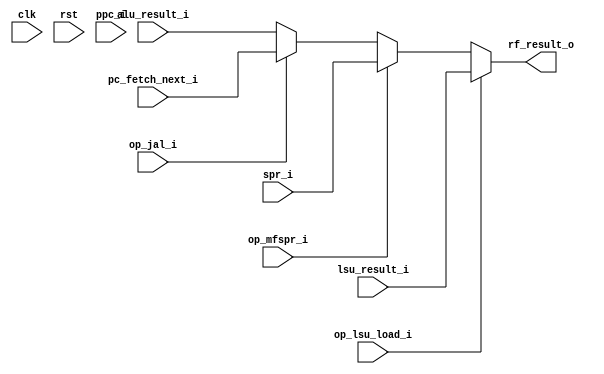
module mor1kx_wb_mux_espresso
  (/*AUTOARG*/
   // Outputs
   rf_result_o,
   // Inputs
   clk, rst, alu_result_i, lsu_result_i, ppc_i, pc_fetch_next_i,
   spr_i, op_jal_i, op_lsu_load_i, op_mfspr_i
   );

   parameter OPTION_OPERAND_WIDTH = 32;

   input clk, rst;

   input [OPTION_OPERAND_WIDTH-1:0] alu_result_i;
   input [OPTION_OPERAND_WIDTH-1:0] lsu_result_i;
   input [OPTION_OPERAND_WIDTH-1:0] ppc_i;
   input [OPTION_OPERAND_WIDTH-1:0] pc_fetch_next_i;
   input [OPTION_OPERAND_WIDTH-1:0] spr_i;

   output [OPTION_OPERAND_WIDTH-1:0] rf_result_o;

   input 			      op_jal_i;
   input 			      op_lsu_load_i;
   input 			      op_mfspr_i;


   assign rf_result_o = op_lsu_load_i ? lsu_result_i :
			op_mfspr_i ? spr_i :
			// Use the PC we've calcuated from the fetch unit
			// to save inferring a 32-bit adder here like we
			// would if we did "ppc_i + 8"
			op_jal_i ? pc_fetch_next_i:
			alu_result_i;

endmodule